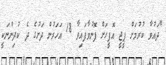
"ދައުވާ ކުރުމަށް ޕީޖީ އޮފީހަށް ފޮނުވާފައިވާ 18 އަހަރުން ދަށުގެ ދެ ކުދިންނަކީ